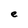
Character: e